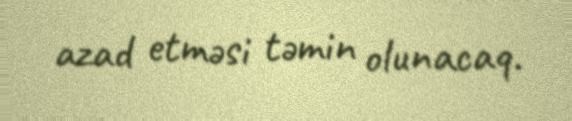
azad etməsi təmin olunacaq.